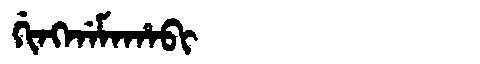
Manchu: ᡤᡳᠩᡤᠠᠮᠠᡥᠠᠪᡳ
Romanization: GINGGAMAHABI